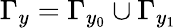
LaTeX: \Gamma_{y}=\Gamma_{y_{0}}\cup\Gamma_{y_{1}}